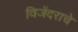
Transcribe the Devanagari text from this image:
विजेंदराचे